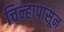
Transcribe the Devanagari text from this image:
चिन्हापासून